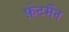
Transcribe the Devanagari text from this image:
फ़ेटर्मैन